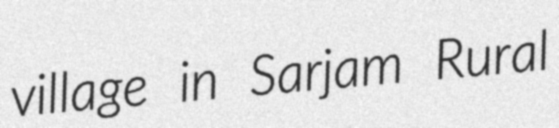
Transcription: village in Sarjam Rural